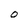
Character: O